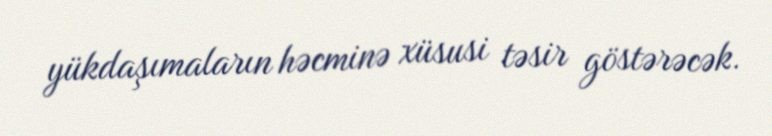
yükdaşımaların həcminə xüsusi təsir göstərəcək.